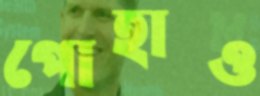
পোহাও